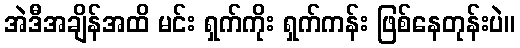
အဲဒီအချိန်အထိ မင်း ရှက်ကိုး ရှက်ကန်း ဖြစ်နေတုန်းပဲ။